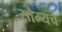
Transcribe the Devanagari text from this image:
सौम्यच